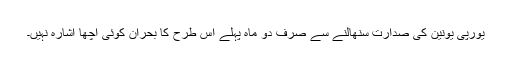
یورپی یونین کی صدارت سنھالنے سے صرف دو ماہ پہلے اس طرح کا بحران کوئی اچھا اشارہ نہیں۔